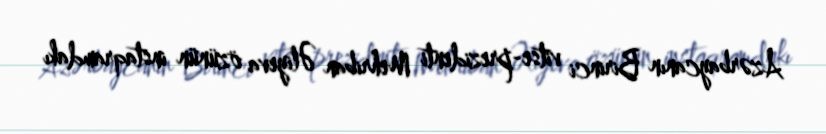
Azərbaycanın Birinci vitse-prezidenti Mehriban Əliyeva özünün instaqramdakı